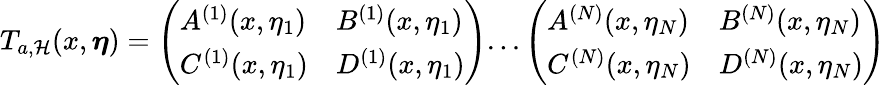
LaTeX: T_{a,\mathcal{H}}(x,\boldsymbol{\eta})=\left(\begin{array}{ll}{A^{(1)}(x,\eta_{1})}&{B^{(1)}(x,\eta_{1})}\\ {C^{(1)}(x,\eta_{1})}&{D^{(1)}(x,\eta_{1})}\end{array}\right)...\left(\begin{array}{ll}{A^{(N)}(x,\eta_{N})}&{B^{(N)}(x,\eta_{N})}\\ {C^{(N)}(x,\eta_{N})}&{D^{(N)}(x,\eta_{N})}\end{array}\right)